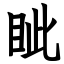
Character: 眦